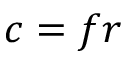
c = f r